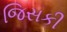
જિસકી